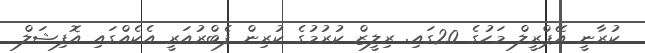
ކުރާނީ އޭޕްރީލް މަހުގެ 20ގައި. ރިލީޒް ކުރުމުގެ ކުރިން ފެބްރުއަރީ އެކެއްގައި އޮފިޝަލް